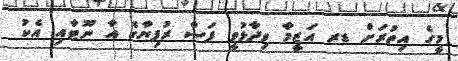
މީގެ އިތުރަށް ޑރ އަޒީމާ ވިދާޅުވީ ފަސް ރުފިޔާގެ އާ ނޫޓާއި އެކު